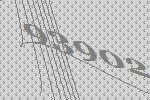
93902